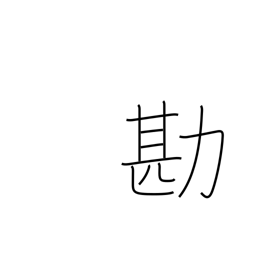
Meaning: compare